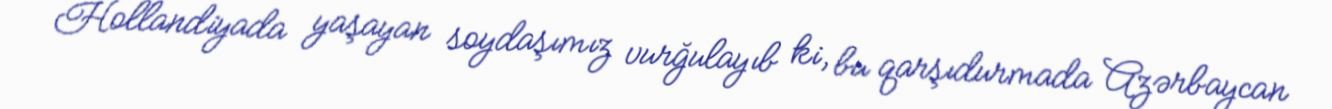
Hollandiyada yaşayan soydaşımız vurğulayıb ki, bu qarşıdurmada Azərbaycan